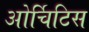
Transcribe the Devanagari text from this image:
ओर्चिटिस